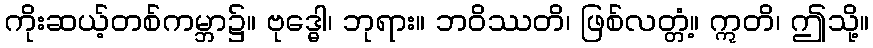
ကိုးဆယ့်တစ်ကမ္ဘာ၌။ ဗုဒ္ဓေါ၊ ဘုရား။ ဘဝိဿတိ၊ ဖြစ်လတ္တံ့။ ဣတိ၊ ဤသို့။